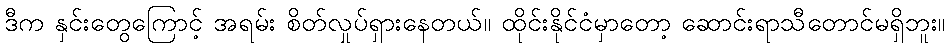
ဒီက နှင်းတွေကြောင့် အရမ်း စိတ်လှုပ်ရှားနေတယ်။ ထိုင်းနိုင်ငံမှာတော့ ဆောင်းရာသီတောင်မရှိဘူး။